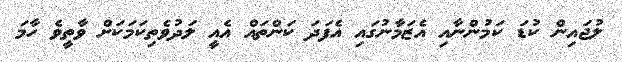
ލުޖައިން ކުޑަ ކަމުންނާއި އެޒަމާނުގައި އެފަދަ ކަންތައް އެއީ ލަދުވެތިކަމަކަށް ވާތީވެ ހާމަ